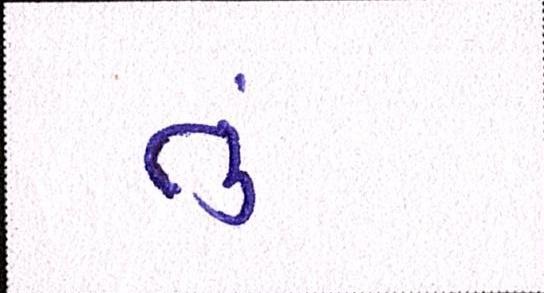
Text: તું